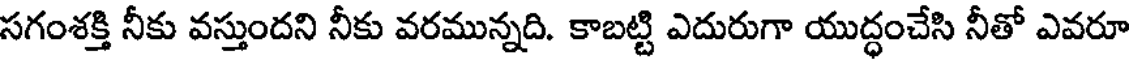
సగంశక్తి నీకు వస్తుందని నీకు వరమున్నది. కాబట్టి ఎదురుగా యుద్ధంచేసి నీతో ఎవరూ